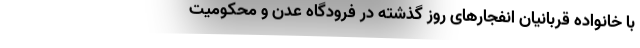
با خانواده قربانیان انفجارهای روز گذشته در فرودگاه عدن و محکومیت